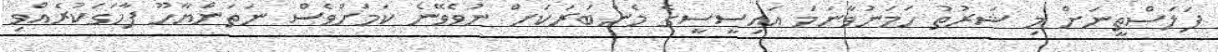
ފަލަސްތީނަށް މި ޝަރުތު ހަމަނުވާނަމަ އައިސީސީގެ މެންބަރަކަށް ނުވެވޭނެ ކަމަށްވެސް ނަތަންޔާހޫ ފާހަގަކުރެއްވި